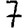
Digit: 7